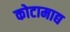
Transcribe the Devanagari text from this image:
कोटामाद्य